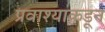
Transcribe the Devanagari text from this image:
प्रवाश्याकडून